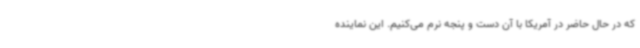
که در حال حاضر در آمریکا با آن دست و پنجه نرم می‌کنیم. این نماینده